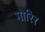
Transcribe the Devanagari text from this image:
गोरिर